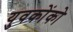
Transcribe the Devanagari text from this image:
युवकोंको